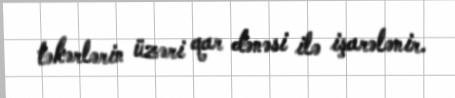
təkərlərin üzəri qar dənəsi ilə işarələnir.